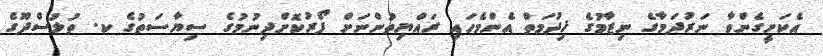
އެކަށީގެންވާ ނަރުދަމާގެ ނިޒާމުގެ ޚިދުމަތް އެންމެހައި ރައްޔިތުންނަށް ފޯރުކޮށްދިނުމުގެ ސިޔާސަތުގެ ކ. ތުލުސްދޫގެ